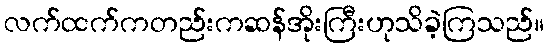
လက်ထက်ကတည်းကဆန်အိုးကြီးဟုသိခဲ့ကြသည်။